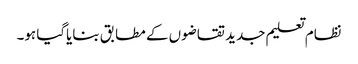
نظام تعلیم جدید تقاضوں کے مطابق بنایاگیا ہو۔